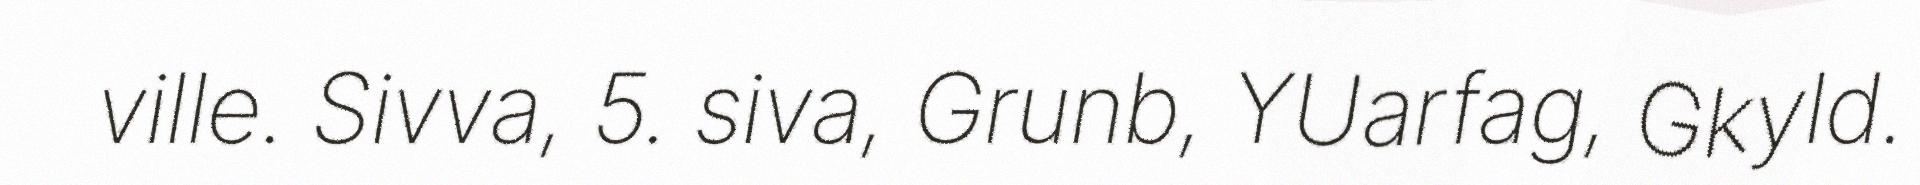
ville. Sivva, 5. siva, Grunb, YUarfag, Gkyld.